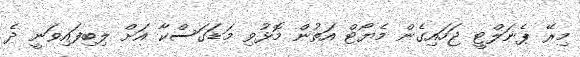
މިރޭ ޕެނަލްޓީ ޖަހައިގެން މެޔޯޓް އަތުން މޮޅުވި މަޑަގަސްކާ އަށް ލިބިފައިވަނީ ދެ